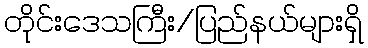
တိုင်းဒေသကြီး/ပြည်နယ်များရှိ